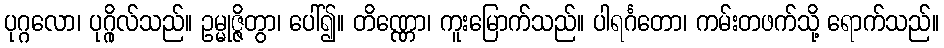
ပုဂ္ဂလော၊ ပုဂ္ဂိုလ်သည်။ ဥမ္မုဇ္ဇိတွာ၊ ပေါ်၍။ တိဏ္ဏော၊ ကူးမြောက်သည်။ ပါရင်္ဂတော၊ ကမ်းတဖက်သို့ ရောက်သည်။